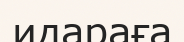
идараға